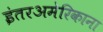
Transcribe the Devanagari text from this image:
इंतरअमेरिकाना